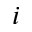
i